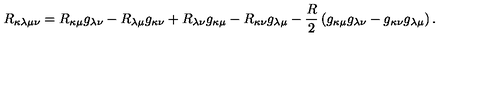
R _ { \kappa \lambda \mu \nu } = R _ { \kappa \mu } g _ { \lambda \nu } - R _ { \lambda \mu } g _ { \kappa \nu } + R _ { \lambda \nu } g _ { \kappa \mu } - R _ { \kappa \nu } g _ { \lambda \mu } - \frac { R } { 2 } \left( g _ { \kappa \mu } g _ { \lambda \nu } - g _ { \kappa \nu } g _ { \lambda \mu } \right) .